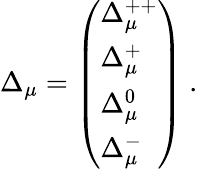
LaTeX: \Delta_{\mu}=\left(\begin{array}{l}{{\Delta_{\mu}^{++}}}\\ {{\Delta_{\mu}^{+}}}\\ {{\Delta_{\mu}^{0}}}\\ {{\Delta_{\mu}^{-}}}\end{array}\right)\ .